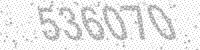
Solution: 536070